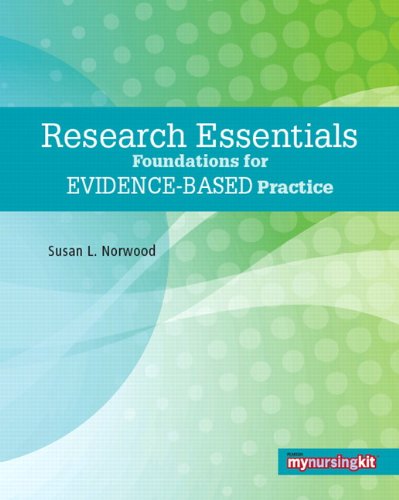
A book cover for Research Essentials: Foundations for Evidence-Based Practice; Susan L. Norwood; Medical Books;